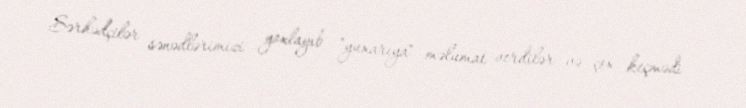
Sərhədçilər sənədlərimizi yoxlayıb "yuxarıya" məlumat verdilər və çox keçmədi